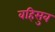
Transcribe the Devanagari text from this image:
वहिसुव